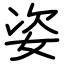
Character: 姿